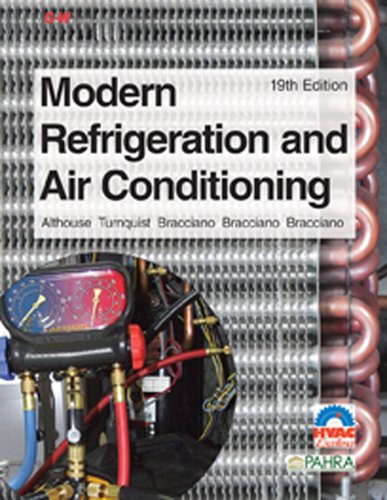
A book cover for Modern Refrigeration and Air Conditioning; Andrew D. Althouse; Engineering & Transportation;